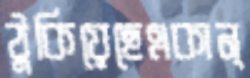
ঠুকিয়েছেএকান্